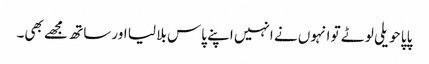
پاپا حویلی لوٹے تو انہوں نے انہیں اپنے پاس بلا لیا اور ساتھ مجھے بھی۔